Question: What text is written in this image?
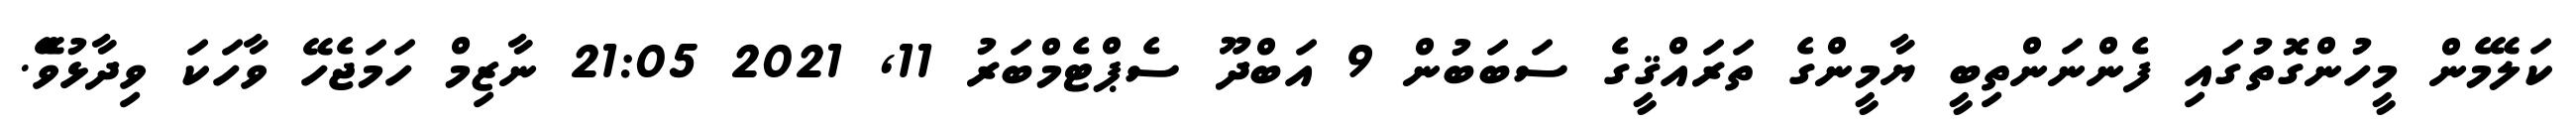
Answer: ކަލޭމެން މީހުންގޮތުގައި ފެންނަންތިބީ ޔާމީންގެ ތަރައްޤީގެ ސަބަބުން 9 އަބްދޫ ސެޕްޓެމްބަރު 11, 2021 21:05 ނާޒިމް ހަމަޖެހޭ ވާހަކަ ވިދާޅުވެޭ.